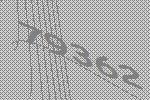
79362